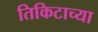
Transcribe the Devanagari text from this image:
तिकिटाच्या